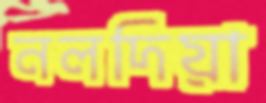
নলদিয়া